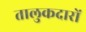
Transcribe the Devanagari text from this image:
तालुकदारों